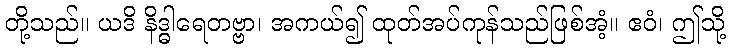
တို့သည်။ ယဒိ နိဒ္ဓါရေတဗ္ဗာ၊ အကယ်၍ ထုတ်အပ်ကုန်သည်ဖြစ်အံ့။ ဧဝံ၊ ဤသို့